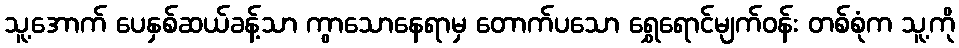
သူ့အောက် ပေနှစ်ဆယ်ခန့်သာ ကွာသောနေရာမှ တောက်ပသော ရွှေရောင်မျက်ဝန်း တစ်စုံက သူ့ကို